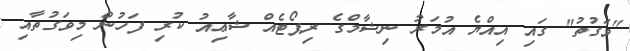
"ވަގުތު" ގައި އިއްޔެ އުމަރު ނިޝާމްގެ ރިޕޯޓެއް ޝާޢިއު ކުރި ފަހުން މިވަގުތާއި